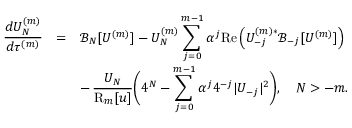
\begin{array} { r c l } { \displaystyle \frac { d U _ { N } ^ { ( m ) } } { d \tau ^ { ( m ) } } } & { = } & { \displaystyle \mathcal { B } _ { N } [ U ^ { ( m ) } ] - U _ { N } ^ { ( m ) } \sum _ { j = 0 } ^ { m - 1 } \alpha ^ { j } \mathrm { R e } \left( U _ { - j } ^ { ( m ) * } \mathcal { B } _ { - j } [ U ^ { ( m ) } ] \right) } \\ & & { \displaystyle - \, \frac { U _ { N } } { \mathrm { R } _ { m } [ u ] } \bigg ( 4 ^ { N } - \sum _ { j = 0 } ^ { m - 1 } \alpha ^ { j } 4 ^ { - j } | U _ { - j } | ^ { 2 } \bigg ) , \quad N > - m . } \end{array}